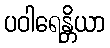
ပဝါရေန္တိယာ